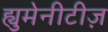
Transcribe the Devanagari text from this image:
ह्युमेनीटीज़